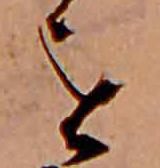
を